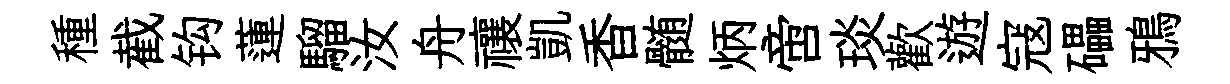
種截钩蓮騮汝舟禳凱香髄炳啻琰歡遊寇礧鴉